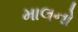
માલનો